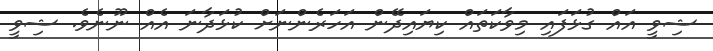
ޝިވީ އައް ގުޅަފައި މިވާކަތައް ކިޔައިދޭން އަހަރެންނަށް ކުޅަދާނަ އެއް ނޫނެވެ. ޝިވީ